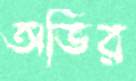
অভির